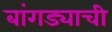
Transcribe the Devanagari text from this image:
बांगड्याची